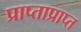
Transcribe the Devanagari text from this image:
प्राप्ताप्राप्त